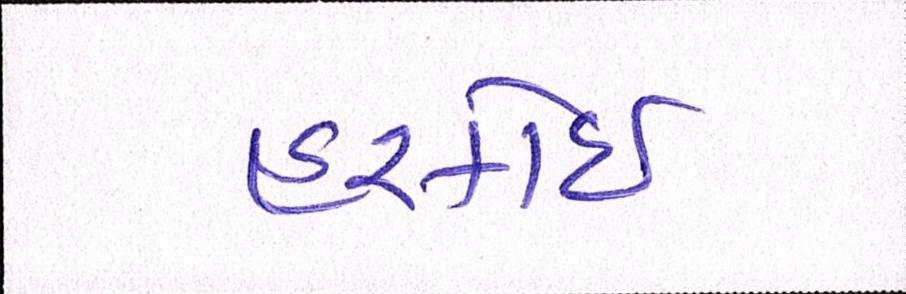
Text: હરકોઈ